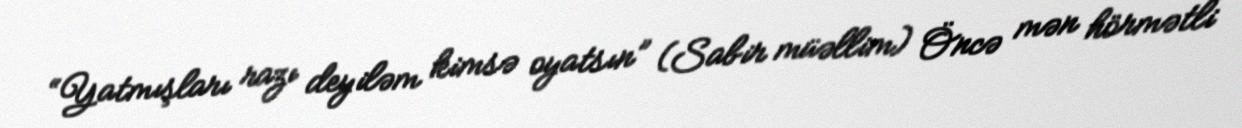
“Yatmışları razı deyiləm kimsə oyatsın” (Sabir müəllim) Öncə mən hörmətli